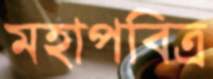
মহাপবিত্র